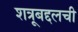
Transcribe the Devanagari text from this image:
शत्रूबद्दलची